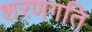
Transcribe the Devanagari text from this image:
शरणगति